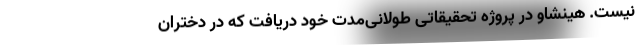
نیست. هینشاو در پروژه تحقیقاتی طولانی‌مدت خود دریافت که در دختران